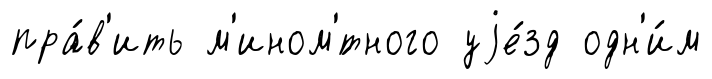
пра́в'ить м'ином'́тного уjе́зд одн'и́м